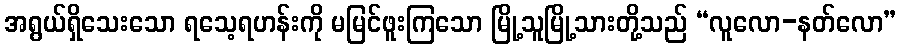
အရွယ်ရှိသေးသော ရသေ့ရဟန်းကို မမြင်ဖူးကြသော မြို့သူမြို့သားတို့သည် “လူလော-နတ်လော”